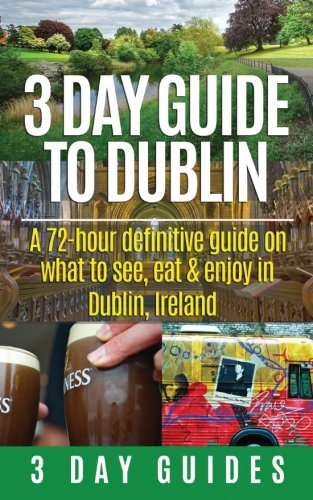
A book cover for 3 Day Guide to Dublin: A 72-hour Definitive Guide on What to See, Eat and Enjoy in Dublin, Ireland (3 Day Travel Guides) (Volume 11); 3 Day City Guides; Travel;